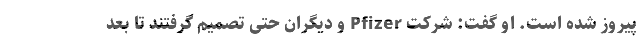
پیروز شده است. او گفت: شرکت Pfizer و دیگران حتی تصمیم گرفتند تا بعد